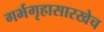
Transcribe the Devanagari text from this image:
गर्भगृहासारखेच